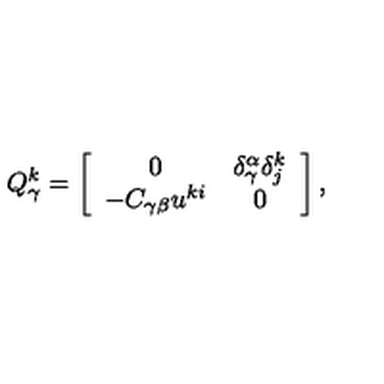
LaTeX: Q _ { \gamma } ^ { k } = \left[ \begin{array} { c c } { 0 } & { \delta _ { \gamma } ^ { \alpha } \delta _ { j } ^ { k } } \\ { - C _ { \gamma \beta } u ^ { k i } } & { 0 } \\ \end{array} \right] ,